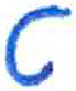
אות: ט